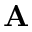
\mathbf { A }